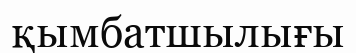
қымбатшылығы